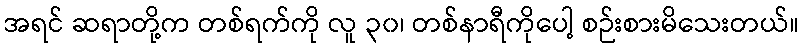
အရင် ဆရာတို့က တစ်ရက်ကို လူ ၃၀၊ တစ်နာရီကိုပေါ့ စဉ်းစားမိသေးတယ်။